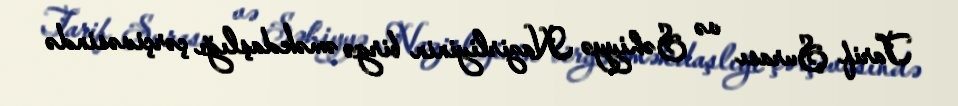
Tarif Şurası və Səhiyyə Nazirliyinin birgə əməkdaşlığı çərçivəsində